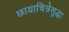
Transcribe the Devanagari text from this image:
छायाचित्रेसुद्धा